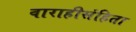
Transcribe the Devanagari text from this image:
वाराहीसंहिता